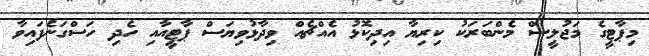
މިޕާޓީގެ މަޖުލީސް މެންބަރަކު ކިރިޔާ އިދިކޮޅު އެއްޗެއް ވިދާޅުވިޔަސް ޕާޓީއާއި ހެދި ހަސްގަނެފައިވާ